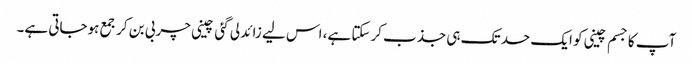
آپ کا جسم چینی کو ایک حد تک ہی جذب کرسکتا ہے، اس لیے زائد لی گئی چینی چربی بن کر جمع ہوجاتی ہے۔